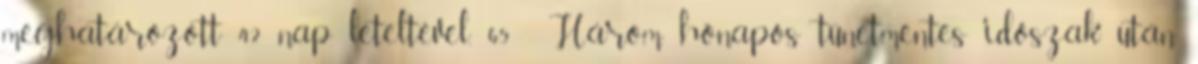
meghatározott 42 nap leteltével. 65 Három hónapos tünetmentes időszak után